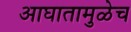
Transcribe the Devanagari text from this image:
आघातामुळेच